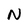
Character: N